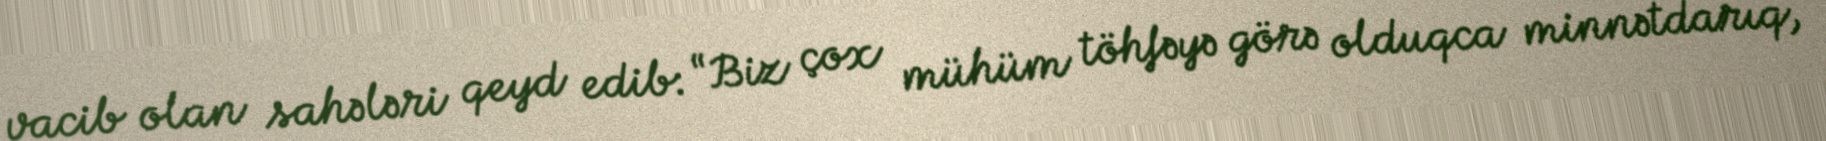
vacib olan sahələri qeyd edib: “Biz çox mühüm töhfəyə görə olduqca minnətdarıq,